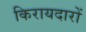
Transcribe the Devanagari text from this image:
किरायदारों